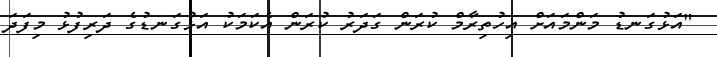
"އަޅުގަނޑު މަންމައަށް އިހުތިރާމް ކުރަން ގަދަރު ކުރަން އެކަމަކު އަޅުގަނޑުގެ ދަރިފުޅު މިފަދަ